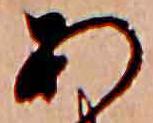
あ